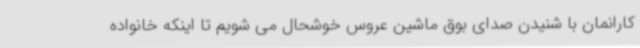
کارانمان با شنیدن صدای بوق ماشین عروس خوشحال می شویم تا اینکه خانواده